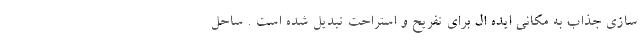
سازی جذاب به مکانی ایده ال برای تفریح و استراحت تبدیل شده است . ساحل